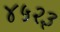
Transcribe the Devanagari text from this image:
४५२३